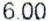
6.00